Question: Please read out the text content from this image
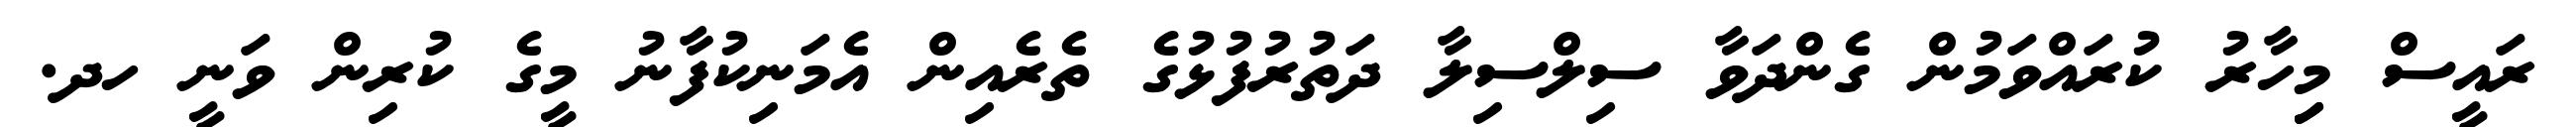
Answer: ރައީސް މިިހާރު ކުރައްވަމުން ގެންދަވާ ސިލްސިލާ ދަތުރުފުޅުގެ ތެރެއިން އެމަނިކުފާނު މީގެ ކުރިން ވަނީ ހދ.